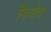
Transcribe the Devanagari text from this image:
मिश्यांचा